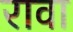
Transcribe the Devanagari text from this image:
रावा